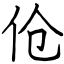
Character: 伧